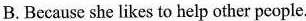
B. Because she likes to help other people.